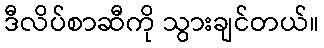
ဒီလိပ်စာဆီကို သွားချင်တယ်။